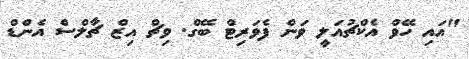
"އައި ހޭވް އެކްޗުއަލީ ވަން ފެވަރިޓް ބޭގް. ވިޗް އިޒް ޗާލްސް އެންޑް